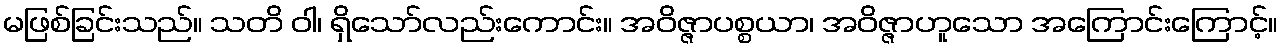
မဖြစ်ခြင်းသည်။ သတိ ဝါ၊ ရှိသော်လည်းကောင်း။ အဝိဇ္ဇာပစ္စယာ၊ အဝိဇ္ဇာဟူသော အကြောင်းကြောင့်။